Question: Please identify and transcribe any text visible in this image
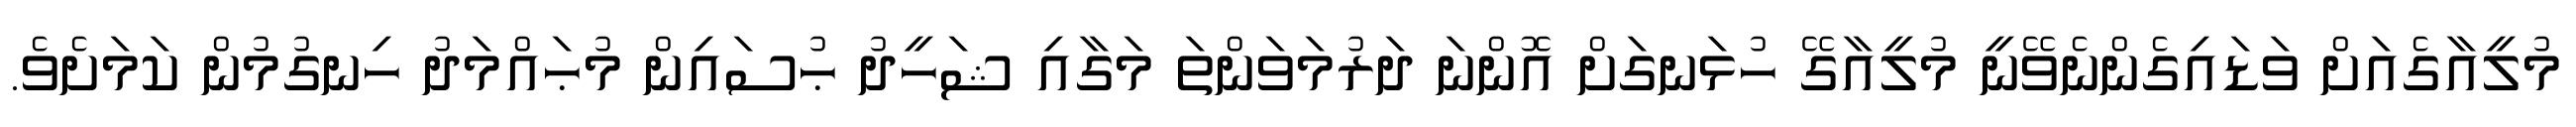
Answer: މުލީއާގެއަށް ވަޑައިގެންނެވޭނީ މުލީއާގޭ ހުޅަނގަށް އޮންނަ ދަރުމަވަންތަ މަގާއި ޝަހީދު ޙުސައިން މުޙައްމަދު ހިނގުމުން ކަމަށެވެ.